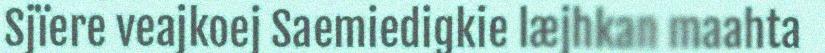
Sjïere veajkoej Saemiedigkie læjhkan maahta